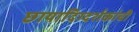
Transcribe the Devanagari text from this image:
छायादिग्दर्शकांची